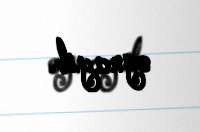
oynayıb.